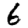
Digit: 6